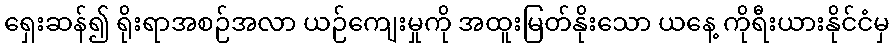
ရှေးဆန်၍ ရိုးရာအစဉ်အလာ ယဉ်ကျေးမှုကို အထူးမြတ်နိုးသော ယနေ့ ကိုရီးယားနိုင်ငံမှ